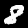
Label: 8